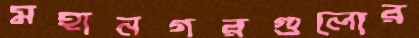
মহানগরগুলোর